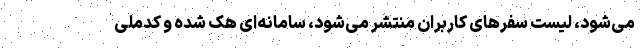
می‌شود، لیست سفرهای کاربران منتشر می‌شود، سامانه‌ای هک شده و کدملی